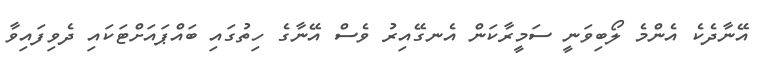
އޭނާދެކެ އެންމެ ލޯބިވަނީ ސަމީރާކަން އެނގޭއިރު ވެސް އޭނާގެ ހިތުގައި ބައްޕައަށްޓަކައި ދެވިފައިވާ